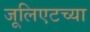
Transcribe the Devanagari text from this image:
जूलिएटच्या